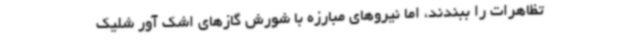
تظاهرات را ببندند، اما نیروهای مبارزه با شورش گازهای اشک آور شلیک